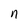
Character: n